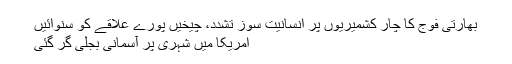
بھارتی فوج کا چار کشمیریوں پر انسانیت سوز تشدد، چیخیں پورے علاقے کو سنوائیں
امریکا میں شہری پر آسمانی بجلی گر گئی